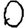
Digit: 0